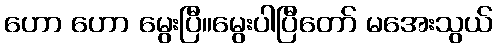
ဟော ဟော မွေးပြီ။မွေးပါပြီတော် မအေးသွယ်